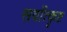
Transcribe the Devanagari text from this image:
सर्वोत्कॄष्ट